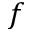
f